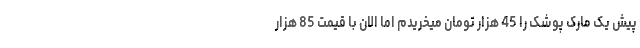
پیش یک مارک پوشک را 45 هزار تومان میخریدم اما الان با قیمت 85 هزار